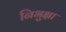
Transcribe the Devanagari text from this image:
निभुक्षा